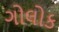
ગોલોક